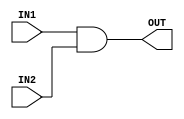
`timescale  1ns/100ps
module ANDgate(IN1,IN2,OUT);
input IN1,IN2;
output OUT;
assign OUT = IN1 && IN2;
endmodule